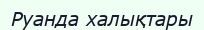
Руанда халықтары